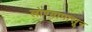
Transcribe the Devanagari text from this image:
लोण्यापासून